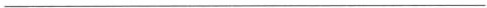
___